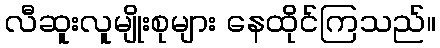
လီဆူးလူမျိုးစုများ နေထိုင်ကြသည်။